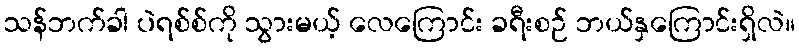
သန်ဘက်ခါ ပဲရစ်စ်ကို သွားမယ့် လေကြောင်း ခရီးစဉ် ဘယ်နှကြောင်းရှိလဲ။